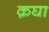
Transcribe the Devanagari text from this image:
क़घा